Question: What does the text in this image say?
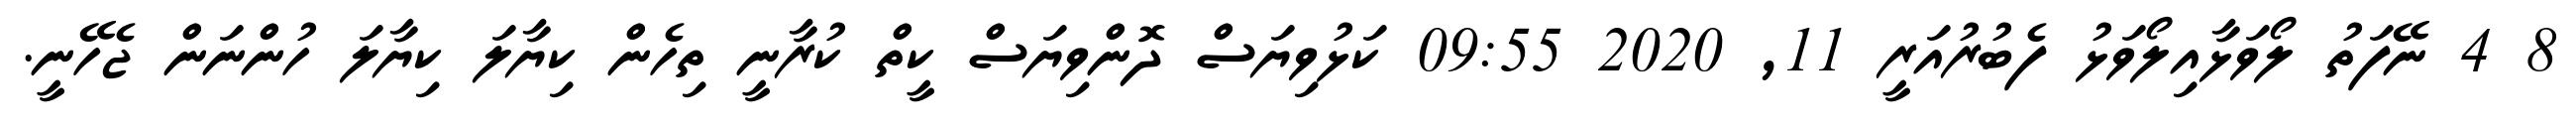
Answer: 8 4 ނޭފަތު ލޯވަޅާއިލޯވަޅު ފެބުރުއަރީ 11, 2020 09:55 ކަޅުވިޔަސް ދޮންވިޔަސް ކީތް ކުރާނީ ތިހެން ކިޔާލަ ކިޔާލަ ހުންނަން ޖެހޭނީ.